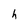
Character: h